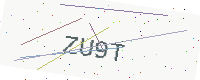
Text: ZU9T